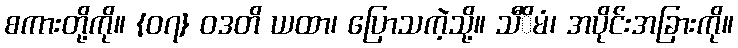
စကားတို့ကို။ {၀၇} ဝဒတိ ယထာ၊ ပြောသကဲ့သို့။ သီိမံ၊ အပိုင်းအခြားကို။